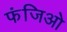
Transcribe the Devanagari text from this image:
फंजिओ